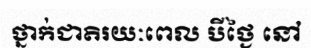
ថ្នាក់ជាតិរយៈពេល បីថ្ងៃ នៅ